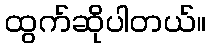
ထွက်ဆိုပါတယ်။